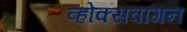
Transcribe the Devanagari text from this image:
व्होक्सवागन